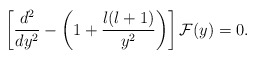
\begin{align*}\left[{d^{2}\over dy^{2}}-\left(1+{l(l+1)\over y^{2}}\right)\right]{\cal F}(y)=0.\end{align*}